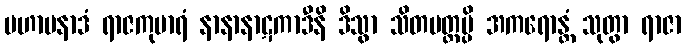
မဟာပနာဒံ ရာဇကုမာရံ နာနာနာဋကာဒီနိ ဒိသွာ သိတမတ္တမ္ပိ အကရောန္တံ သုတွာ ရာဇာ